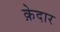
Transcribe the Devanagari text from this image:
क़ेदार